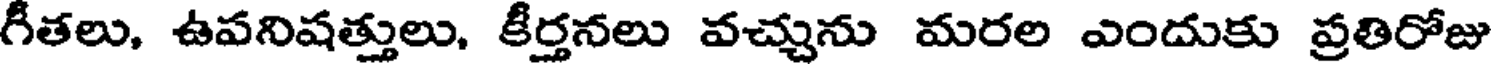
గీతలు, ఉవనిషత్తులు, కీర్తనలు వచ్చును మరల ఎందుకు ప్రతిరోజు